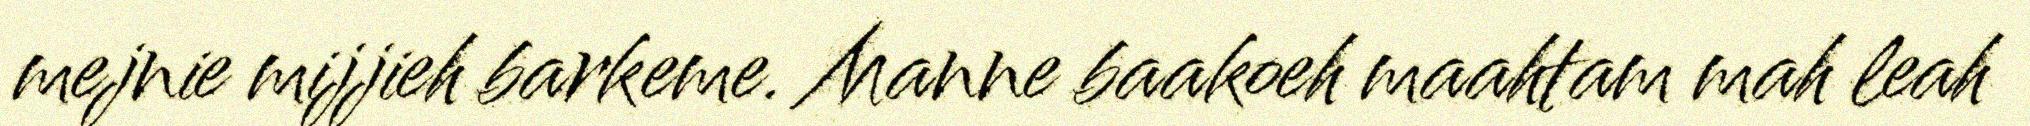
mejnie mijjieh barkeme. Manne baakoeh maahtam mah leah